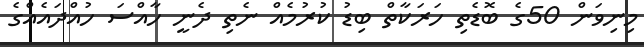
މިނިވަން 50ގެ ބޮޑެތި ހަރަކާތް ބިޑު ކުރުމެއް ނެތި ދެނީ ހާއްސަ ހުއްދައެއްގެ